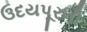
ઉદયપૂરની